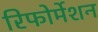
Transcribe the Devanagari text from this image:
रिफोर्मेशन